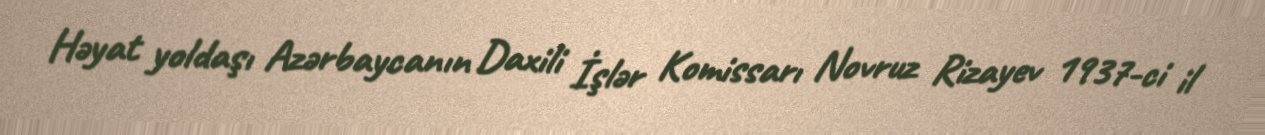
Həyat yoldaşı Azərbaycanın Daxili İşlər Komissarı Novruz Rizayev 1937-ci il